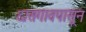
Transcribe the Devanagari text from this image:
दासगावपासून